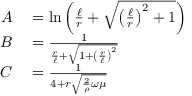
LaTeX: \begin{array} { r l } { A } & { { } = \ln \left( { \frac { \ell } { r } } + { \sqrt { \left( { \frac { \ell } { r } } \right) ^ { 2 } + 1 } } \right) } \\ { B } & { { } = { \frac { 1 } { { \frac { r } { \ell } } + { \sqrt { 1 + \left( { \frac { r } { \ell } } \right) ^ { 2 } } } } } } \\ { C } & { { } = { \frac { 1 } { 4 + r { \sqrt { { \frac { 2 } { \rho } } \omega \mu } } } } } \end{array}